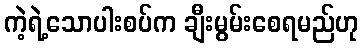
ကဲ့ရဲ့သောပါးစပ်က ချီးမွမ်းစေရမည်ဟု